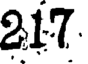
217